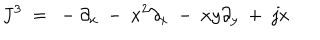
J ^ { 3 } \ = \ - \partial _ { x } \ - \ x ^ { 2 } \partial _ { x } \ - \ x y \partial _ { y } \ + \ j x